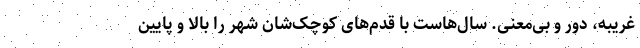
غریبه، دور و بی‌معنی. سال‌هاست با قدم‌های کوچک‌شان شهر را بالا و پایین